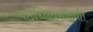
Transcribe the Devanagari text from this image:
पठेच्छिवसन्निधौ।